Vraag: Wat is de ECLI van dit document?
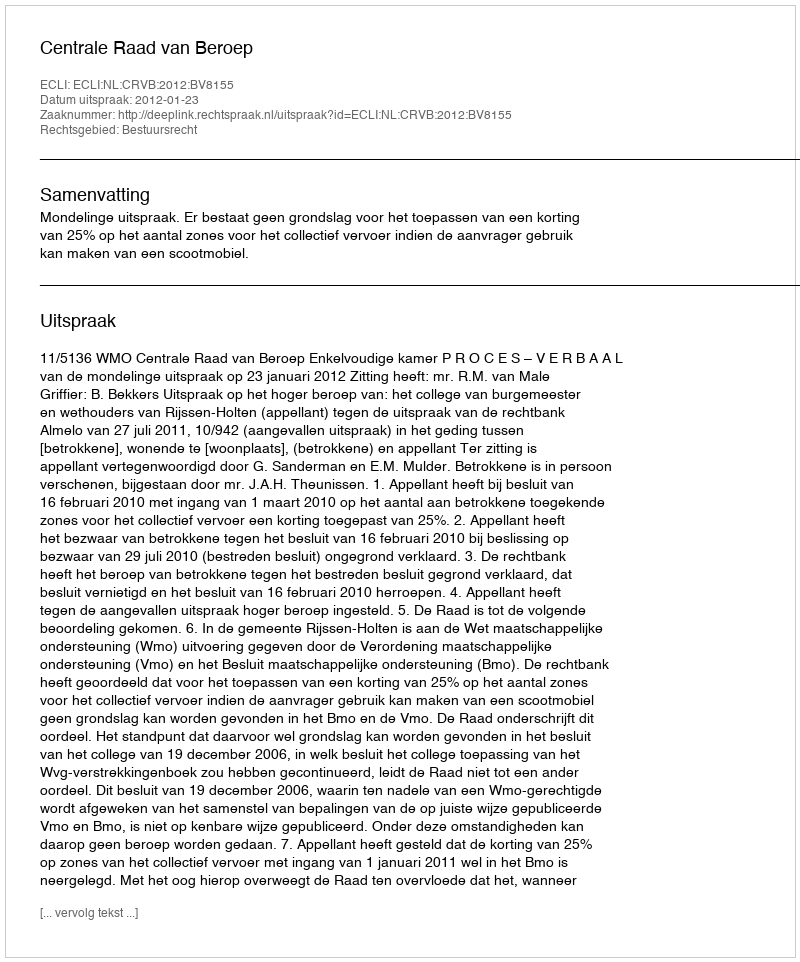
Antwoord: ECLI:NL:CRVB:2012:BV8155